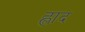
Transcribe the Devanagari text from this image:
ह्लाद